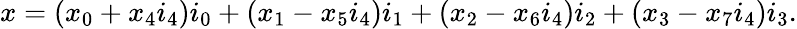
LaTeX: \begin{array}{r}{x=(x_{0}+x_{4}i_{4})i_{0}+(x_{1}-x_{5}i_{4})i_{1}+(x_{2}-x_{6}i_{4})i_{2}+(x_{3}-x_{7}i_{4})i_{3}.}\end{array}